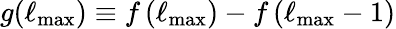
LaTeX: g(\ell_{\mathrm{max}})\equiv f\left(\ell_{\mathrm{max}}\right)-f\left(\ell_{\mathrm{max}}-1\right)